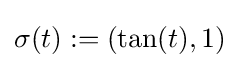
\sigma (t):=(\tan(t),1)